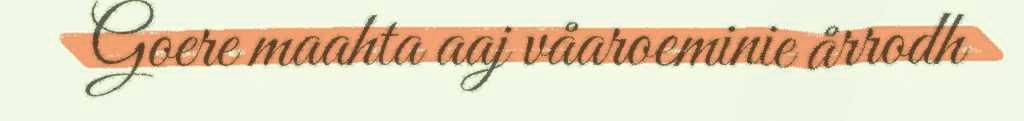
Goere maahta aaj våaroeminie årrodh